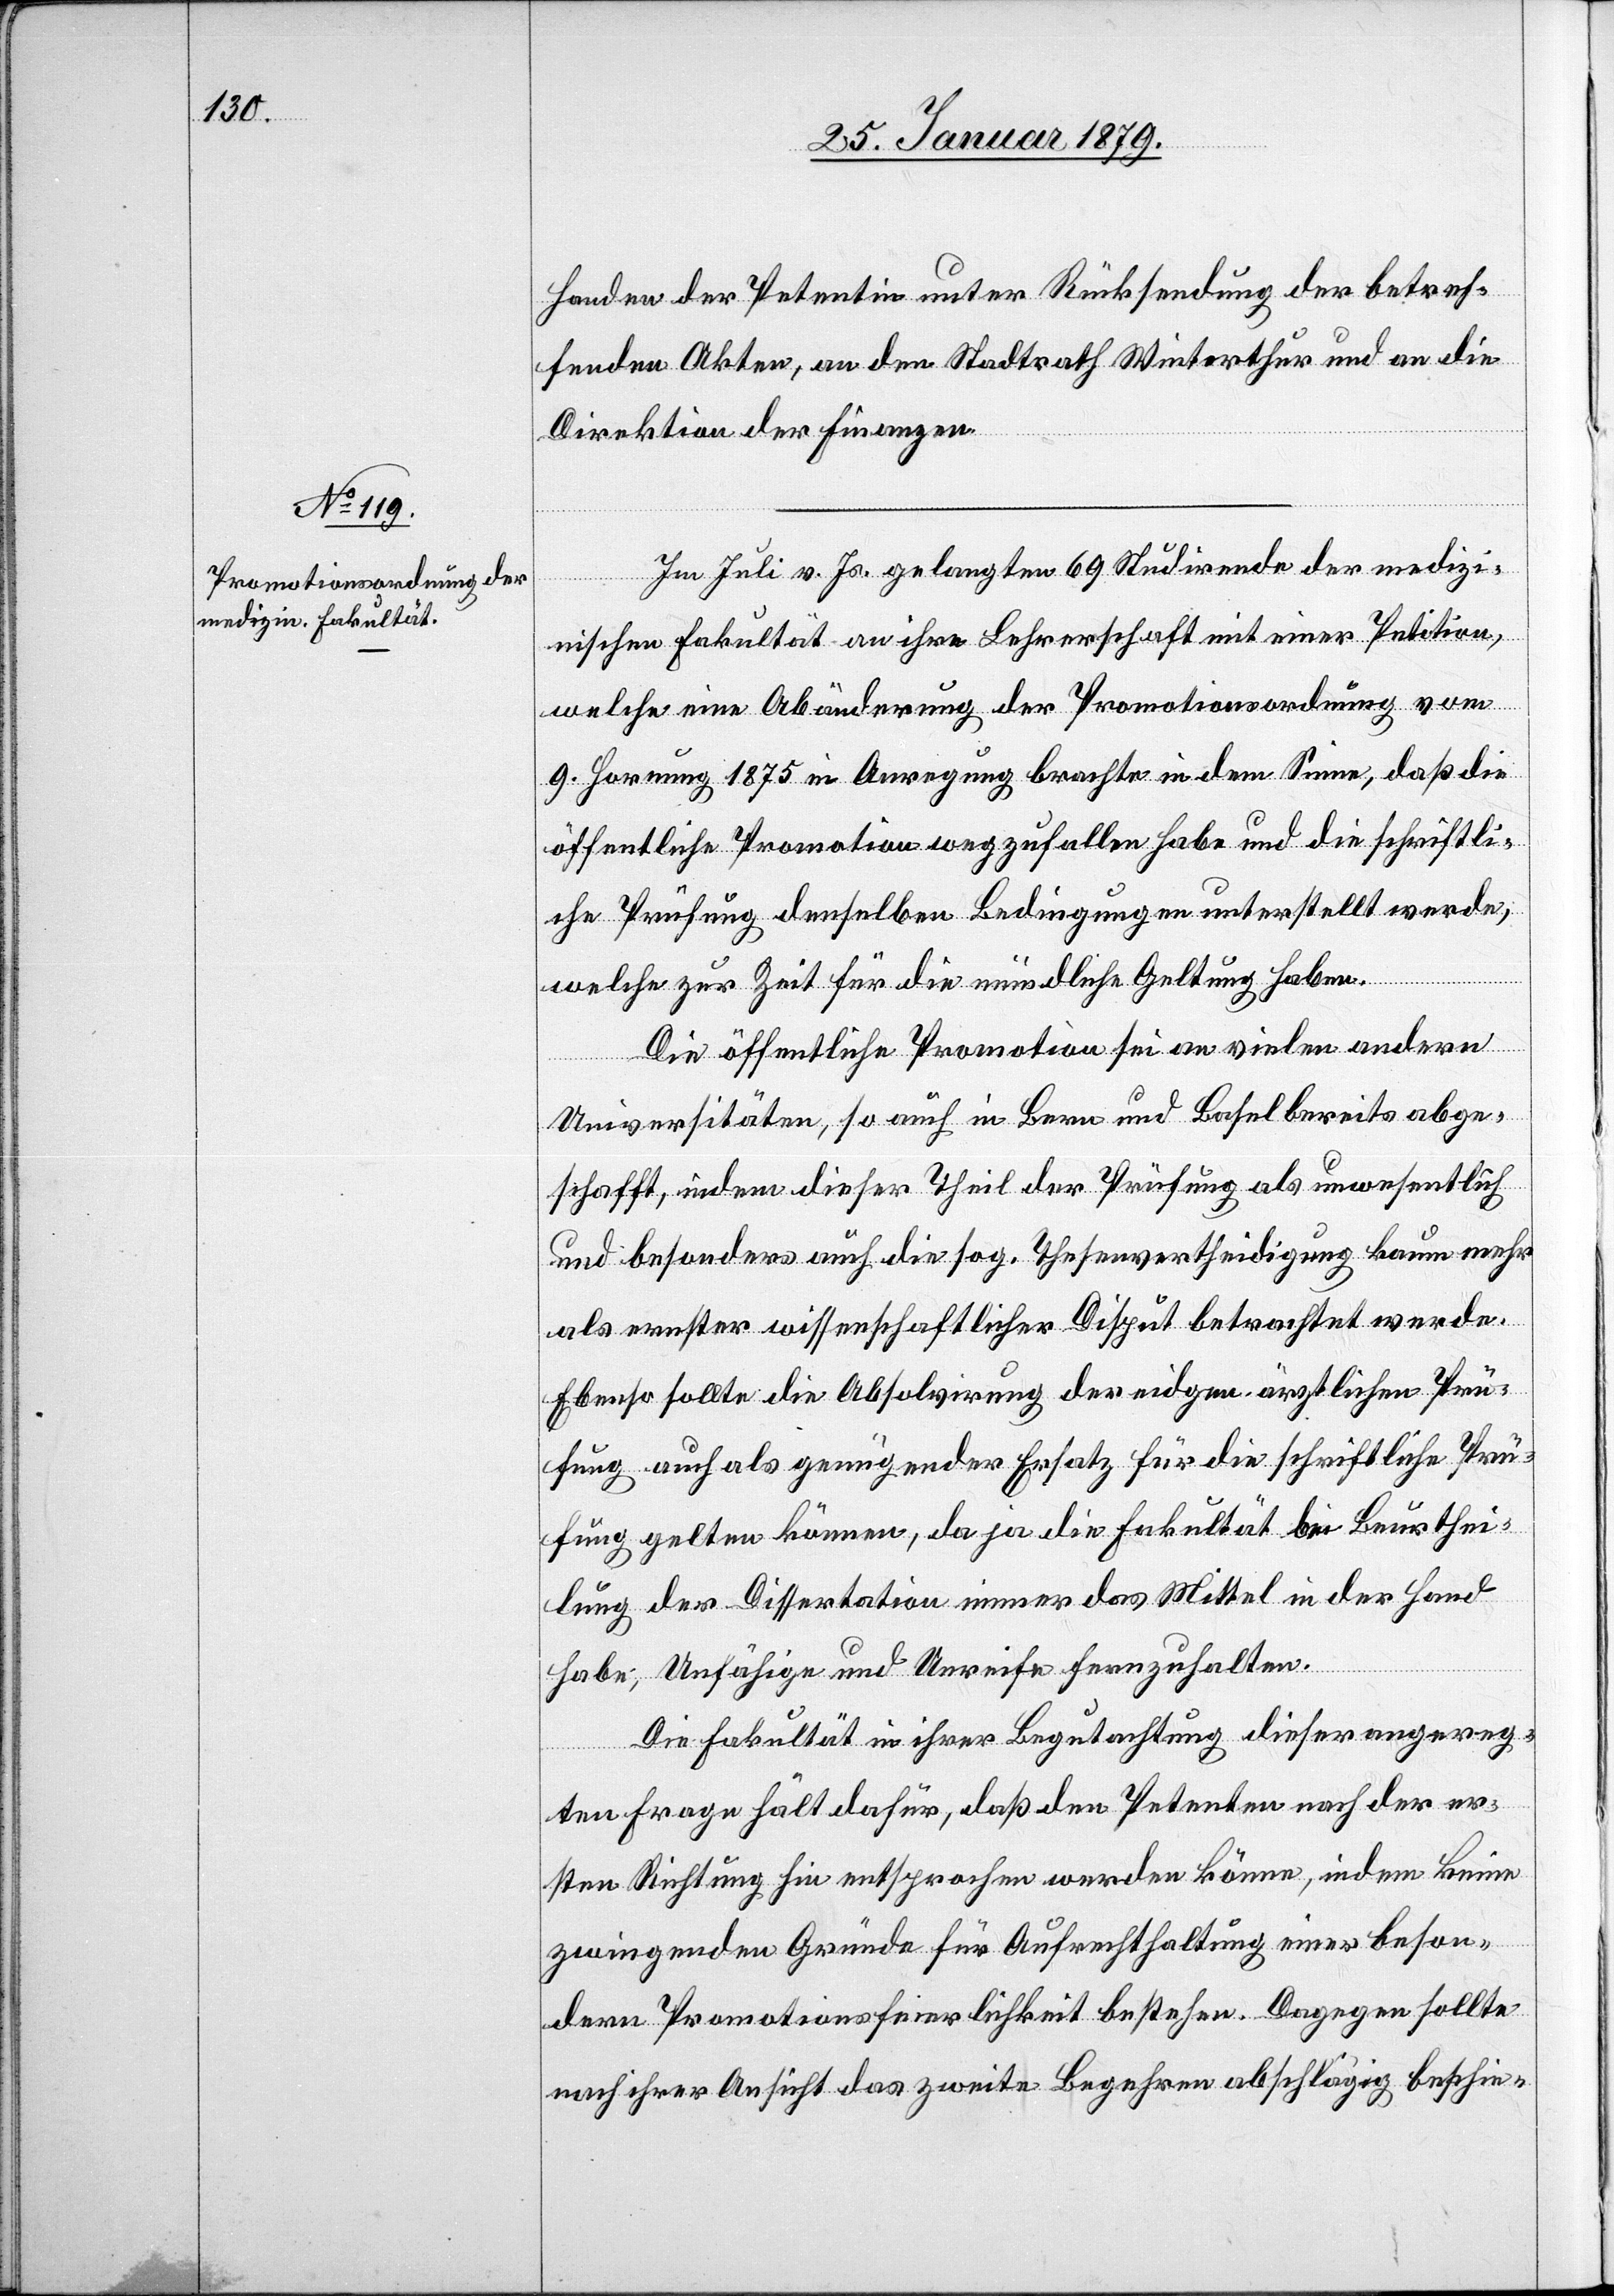
Handen der Petentin unter Rücksendung der betref¬
fenden Akten, an den Stadtrath Winterthur und an die
Direktion der Finanzen.
Im Juli v. Js. gelangten 69 Studirende der medizi¬
nischen Fakultät an ihre Lehrerschaft mit einer Petition,
welche eine Abänderung der Promotionsordnung vom
9. Hornung 1875 in Anregung brachte in dem Sinne, daß die
öffentliche Promotion wegzufallen habe und die schriftli¬
che Prüfung denselben Bedingungen unterstellt werde,
welche zur Zeit für die mündliche Geltung haben.
Die öffentliche Promotion sei an vielen andern
Universitäten, so auch in Bern und Basel bereits abge¬
schafft, indem dieser Theil der Prüfung als unwesentlich
und besonders auch die sog. Thesenvertheidigung kaum mehr
als ernster wissenschaftlicher Disput betrachtet werde.
Ebenso sollte die Absolvirung der eidgen. ärztlichen Prü¬
fung auch als genügender Ersatz für die schriftliche Prü¬
fung gelten können, da ja die Fakultät bei Beurthei¬
lung der Dissertation immer das Mittel in der Hand
habe, Unfähige und Unreife fernzuhalten.
Die Fakultät in ihrer Begutachtung dieser angereg¬
ten Frage hält dafür, daß den Petenten nach der er¬
sten Richtung hin entsprochen werden könne, indem keine
zwingenden Gründe für Aufrechthaltung einer beson¬
dern Promotionsfeierlicht bestehe. Dagegen sollte
nach ihrer Ansicht das zweite Begehren abschlägig beschie-